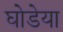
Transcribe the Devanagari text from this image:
घोडेया